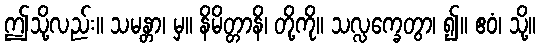
ဤသို့လည်း။ သမန္တာ၊ မှ။ နိမိတ္တာနိ၊ တို့ကို။ သလ္လက္ခေတွာ၊ ၍။ ဧဝံ၊ သို့။